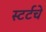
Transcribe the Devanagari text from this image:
स्टर्टचे